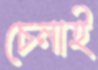
চেনাই